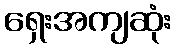
ရှေးအကျဆုံး